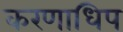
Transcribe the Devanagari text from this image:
करणाधिप